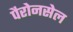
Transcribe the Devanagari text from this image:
पैरोनसेल